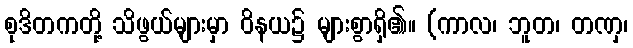
စုဒိတကတို့ သိဖွယ်များမှာ ဝိနယ၌ များစွာရှိ၏။ (ကာလ၊ ဘူတ၊ တဏှ၊